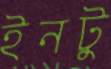
ইনটু